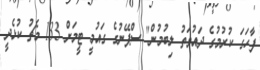
ފާހަގަ ކުރުމުގެ ދައުވަތު ލިބުމުން" ސްޕޭނުގެ ގައުމީ ޓީމަށް 133 މެޗު ކުޅެދީ